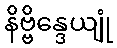
နိဗ္ဗိန္ဒေယျုံ